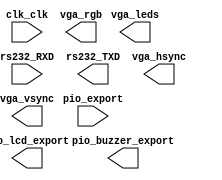

module cpu (
	clk_clk,
	pio_export,
	pio_lcd_export,
	rs232_RXD,
	rs232_TXD,
	vga_rgb,
	vga_hsync,
	vga_vsync,
	vga_leds,
	pio_buzzer_export);	

	input		clk_clk;
	input		pio_export;
	output	[10:0]	pio_lcd_export;
	input		rs232_RXD;
	output		rs232_TXD;
	output	[2:0]	vga_rgb;
	output		vga_hsync;
	output		vga_vsync;
	output	[7:0]	vga_leds;
	output		pio_buzzer_export;
endmodule